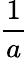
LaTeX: \frac{1}{a}